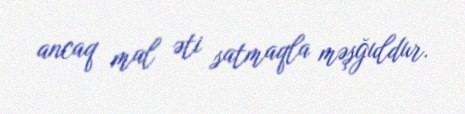
ancaq mal əti satmaqla məşğuldur.